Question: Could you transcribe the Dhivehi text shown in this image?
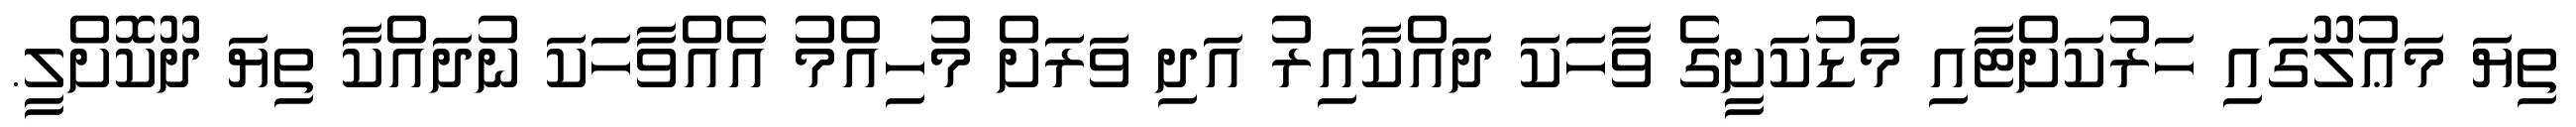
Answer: ތިޔަ މަޢުލޫގައި ހަރުކަށްޓާއި މަޑުކަށީގެ ވާހަކަ ދައްކާއިރު އަދި ވަރަށް މުހިއްމު އެއްވާހަކަ ނުދައްކާ ތިޔަ ދޫކޮށްލީ.